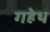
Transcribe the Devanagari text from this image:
गहेथ